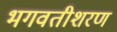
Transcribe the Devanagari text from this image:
भगवतीशरण